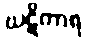
ဃဋိကာရ